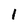
Character: l